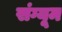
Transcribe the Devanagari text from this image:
संग्यूम